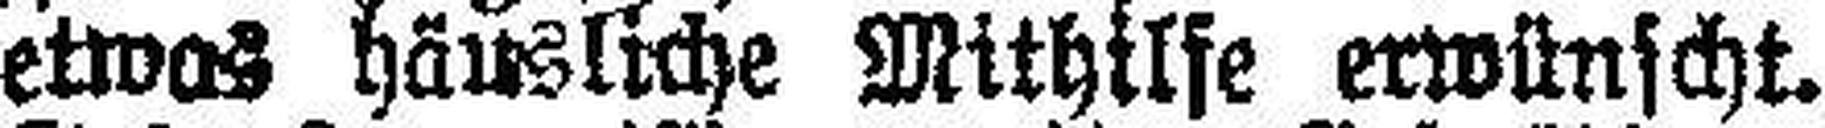
etwas häusliche Mithilfe erwünscht.